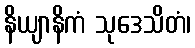
နိယျာနိကံ သုဒေသိတံ၊